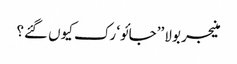
منیجر بولا ’’جائو‘ رک کیوں گئے؟